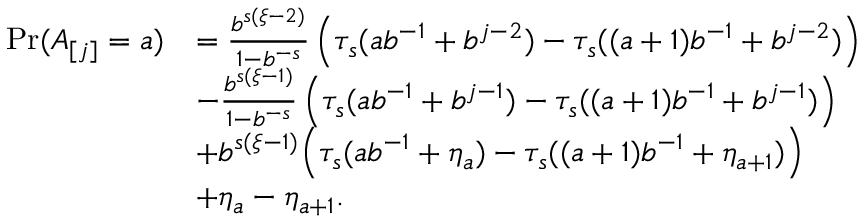
\begin{array} { r l } { \operatorname* { P r } ( A _ { [ j ] } = a ) } & { = \frac { b ^ { s ( \xi - 2 ) } } { 1 - b ^ { - s } } \left( \tau _ { s } ( a b ^ { - 1 } + b ^ { j - 2 } ) - \tau _ { s } ( ( a + 1 ) b ^ { - 1 } + b ^ { j - 2 } ) \right) } \\ & { - \frac { b ^ { s ( \xi - 1 ) } } { 1 - b ^ { - s } } \left( \tau _ { s } ( a b ^ { - 1 } + b ^ { j - 1 } ) - \tau _ { s } ( ( a + 1 ) b ^ { - 1 } + b ^ { j - 1 } ) \right) } \\ & { + b ^ { s ( \xi - 1 ) } \Big ( \tau _ { s } ( a b ^ { - 1 } + \eta _ { a } ) - \tau _ { s } ( ( a + 1 ) b ^ { - 1 } + \eta _ { a + 1 } ) \Big ) } \\ & { + \eta _ { a } - \eta _ { a + 1 } . } \end{array}